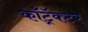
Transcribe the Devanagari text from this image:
कॉँट्रॅक्टर